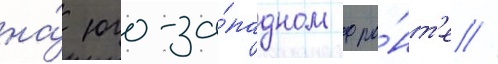
на́ юго-за́падном фро́нт'е //